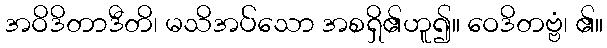
အဝိဒိတာဒီတိ၊ မသိအပ်သော အစရှိ၏ဟူ၍။ ဝေဒိတဗ္ဗံ၊ ၏။